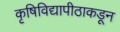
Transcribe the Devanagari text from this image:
कृषिविद्यापीठाकडून